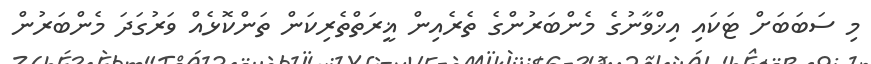
މި ސަބަބަށް ޓަކައި އިޚްވާނުގެ މެންބަރުންގެ ތެރެއިން ޣީރަތްތެރިކަން ތަންކޮޅެއް ވަރުގަދަ މެންބަރުން